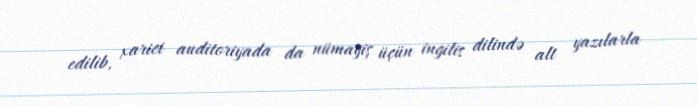
edilib, xarici auditoriyada da nümayiş üçün ingilis dilində alt yazılarla